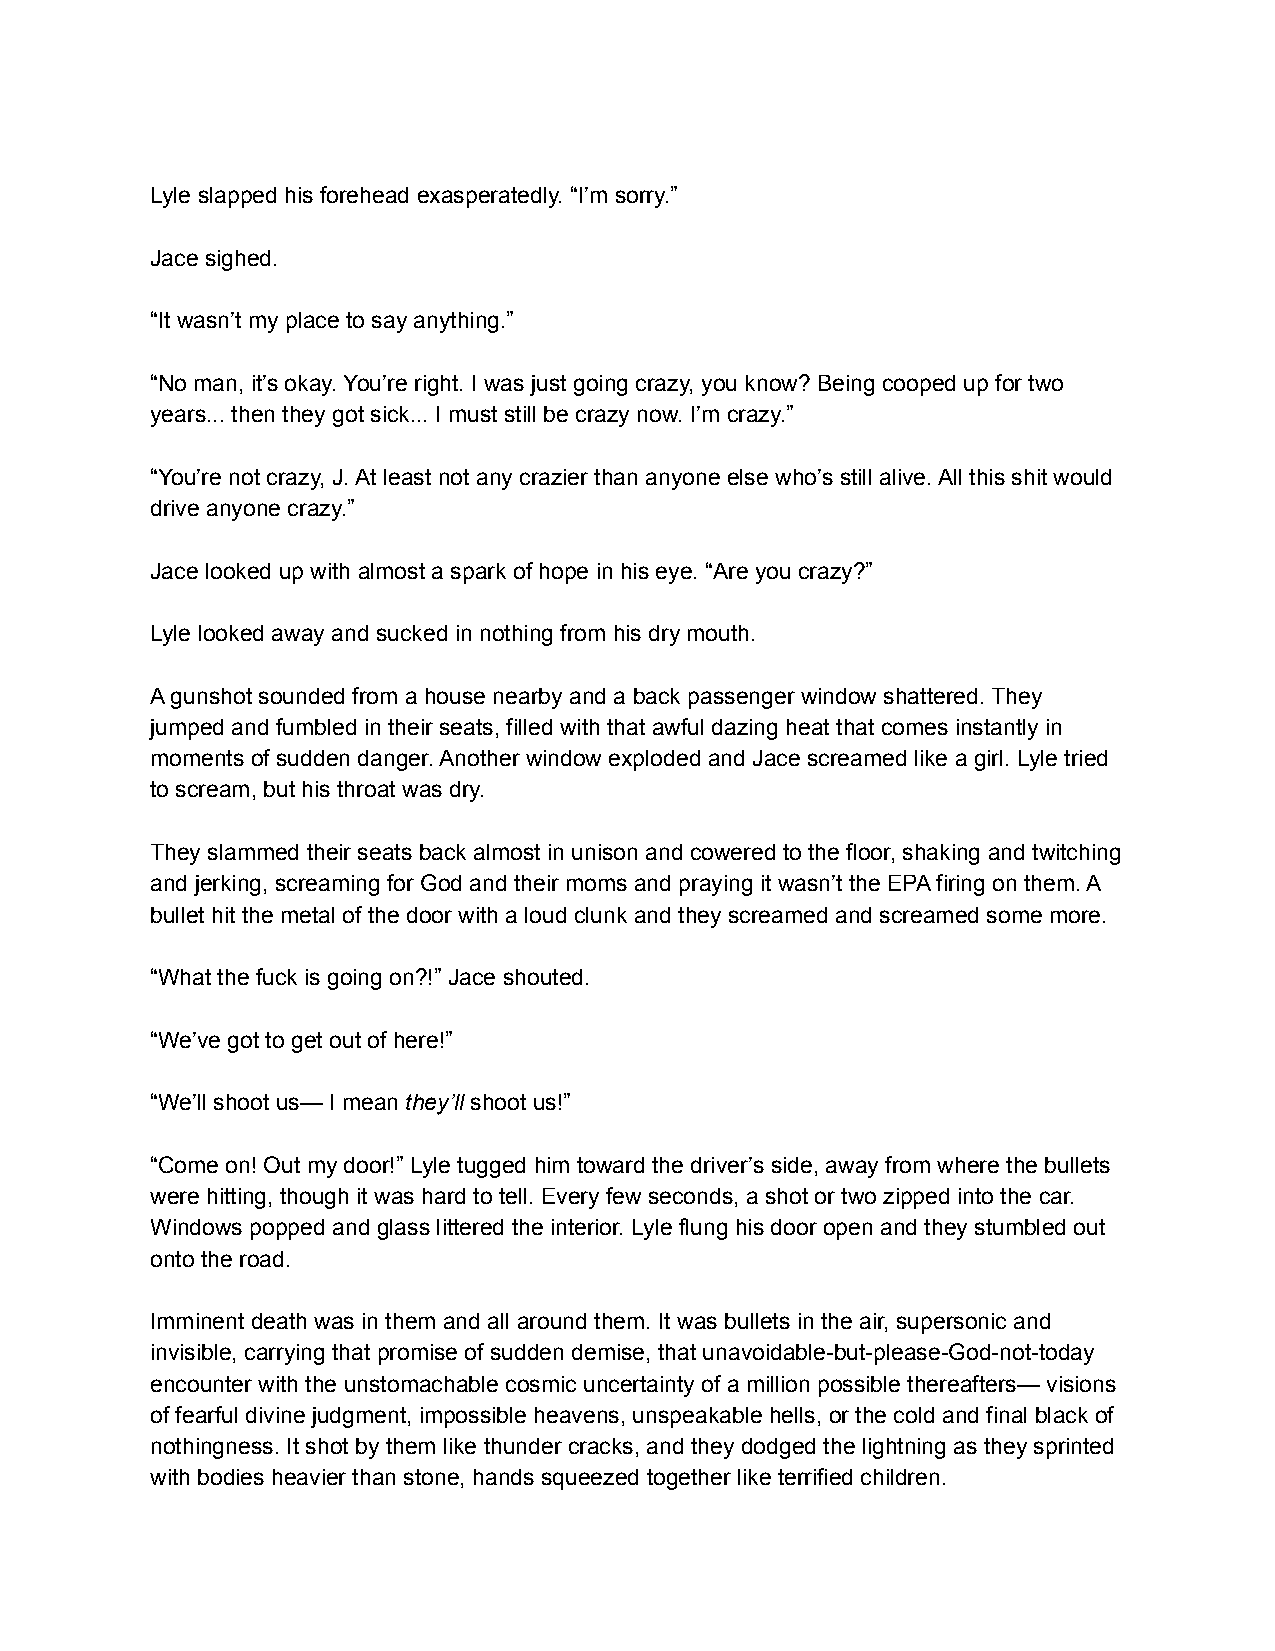
Lyle slapped his forehead exasperatedly. “I’m sorry.”
 Jace sighed.
 “It wasn’t my place to say anything.”
 “No man, it’s okay. You’re right. I was just going crazy, you know? Being cooped up for two
 years... then they got sick... I must still be crazy now. I’m crazy.”
 “You’re not crazy, J. At least not any crazier than anyone else who’s still alive. All this shit would
 drive anyone crazy.”
 Jace looked up with almost a spark of hope in his eye. “Are you crazy?”
 Lyle looked away and sucked in nothing from his dry mouth.
 A gunshot sounded from a house nearby and a back passenger window shattered. They
 jumped and fumbled in their seats, filled with that awful dazing heat that comes instantly in
 moments of sudden danger. Another window exploded and Jace screamed like a girl. Lyle tried
 to scream, but his throat was dry.
 They slammed their seats back almost in unison and cowered to the floor, shaking and twitching
 and jerking, screaming for God and their moms and praying it wasn’t the EPA firing on them. A
 bullet hit the metal of the door with a loud clunk and they screamed and screamed some more.
 “What the fuck is going on?!” Jace shouted.
 “We’ve got to get out of here!”
 “We’ll shoot us— I mean they’ll shoot us!”
 “Come on! Out my door!” Lyle tugged him toward the driver’s side, away from where the bullets
 were hitting, though it was hard to tell. Every few seconds, a shot or two zipped into the car.
 Windows popped and glass littered the interior. Lyle flung his door open and they stumbled out
 onto the road.
 Imminent death was in them and all around them. It was bullets in the air, supersonic and
 invisible, carrying that promise of sudden demise, that unavoidable-but-please-God-not-today
 encounter with the unstomachable cosmic uncertainty of a million possible thereafters— visions
 of fearful divine judgment, impossible heavens, unspeakable hells, or the cold and final black of
 nothingness. It shot by them like thunder cracks, and they dodged the lightning as they sprinted
 with bodies heavier than stone, hands squeezed together like terrified children.